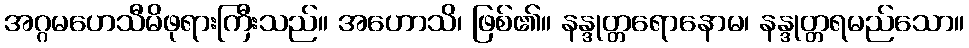
အဂ္ဂမဟေသီမိဖုရားကြီးသည်။ အဟောသိ၊ ဖြစ်၏။ နန္ဒုတ္တရောနောမ၊ နန္ဒုတ္တရမည်သော။